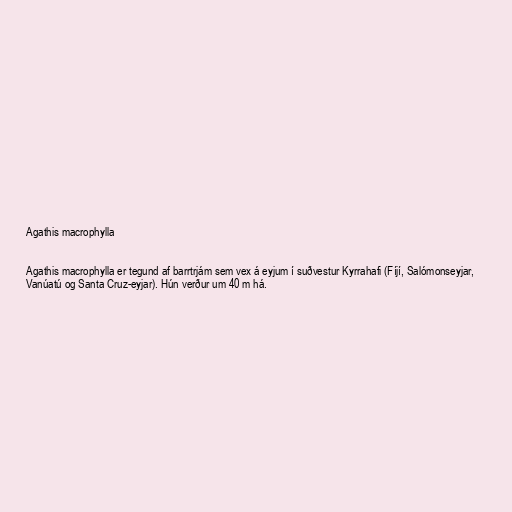
Agathis macrophylla

Agathis macrophylla er tegund af barrtrjám sem vex á eyjum í suðvestur Kyrrahafi (Fíjí, Salómonseyjar,
Vanúatú og Santa Cruz-eyjar). Hún verður um 40 m há.